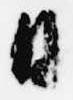
日